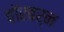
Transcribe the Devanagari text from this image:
वॉरबर्न